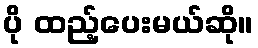
ပို ထည့်ပေးမယ်ဆို။